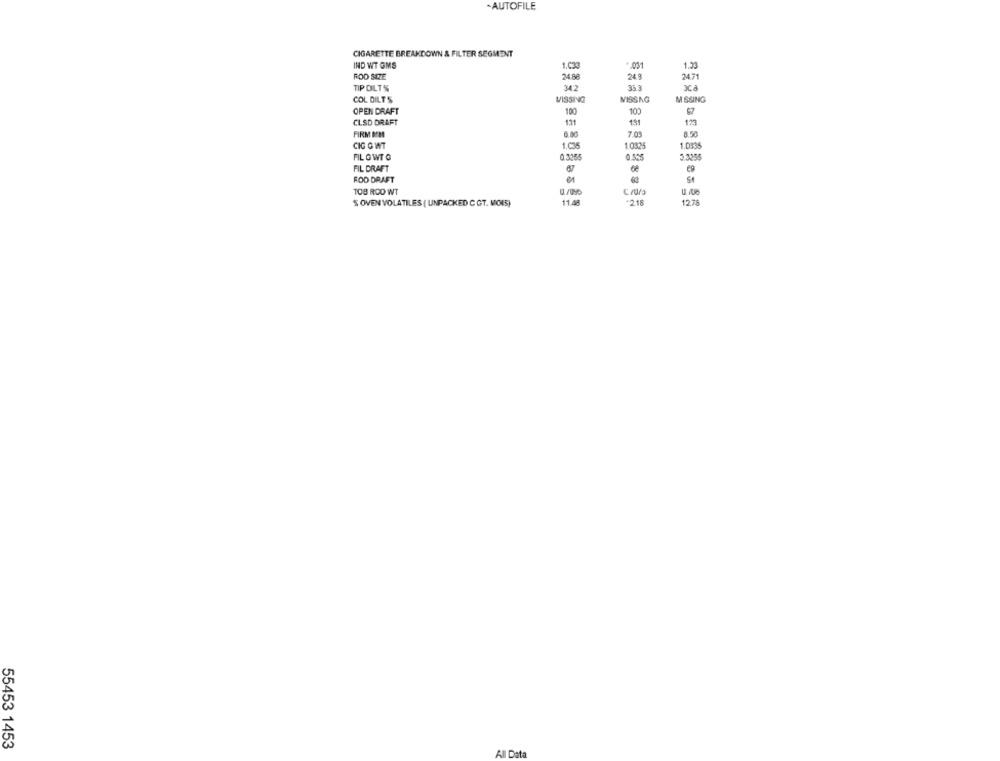
-AUTOFILE
CIGARETTE BREAKDOWN & FILTER SEGMENT
IND WT GMS
1.033
.. 031
1.33
ROD SIZE
24 86
249
2421
TIP DILT%
34.2
35.3
3C
COL DILTS
MISSING
MISSAG
M SSING
OPEN DRAFT
100
10
CLSD DRAFT
131
13
123
FIRM BE
701
CIG GWT
1.035
1.0325
1.0395
FIL GWT G
3 .3355
FIL DRAFT
68
ROD DRAFT
TOB ROD WT
1/05%
$ OVEN VOLATILES ( UNPACKED C GT. MOIS)
11.48
*218
12.78
55453 1453
All Data